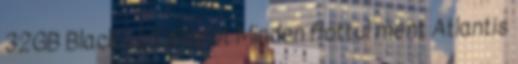
32GB Black - Új állapot Minden flottul ment Atlantis